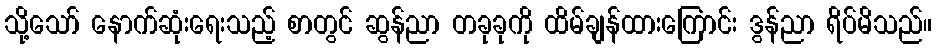
သို့သော် နောက်ဆုံးရေးသည့် စာတွင် ဆွန်ညာ တခုခုကို ထိမ်ချန်ထားကြောင်း ဒွန်ညာ ရိပ်မိသည်။